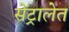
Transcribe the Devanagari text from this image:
सेंट्रालेत